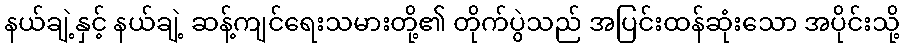
နယ်ချဲ့နှင့် နယ်ချဲ့ ဆန့်ကျင်ရေးသမားတို့၏ တိုက်ပွဲသည် အပြင်းထန်ဆုံးသော အပိုင်းသို့